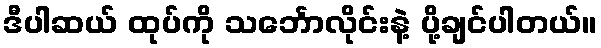
ဒီပါဆယ် ထုပ်ကို သင်္ဘောလိုင်းနဲ့ ပို့ချင်ပါတယ်။